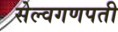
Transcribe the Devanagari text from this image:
सेल्वगणपती